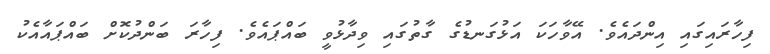
ފިހާރައިގައި އިންދައެވެ. އޭވާހަކަ އަޅުގަނޑުގެ ގާތުގައި ވިދާޅުވީ ބައްޕައެވެ. ފިހާރަ ބަންދުކޮށް ބައްޕައާއެކު